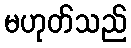
မဟုတ်သည်